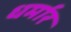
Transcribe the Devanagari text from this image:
धर्मार